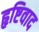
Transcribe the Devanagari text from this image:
हृष्टिवाद